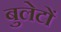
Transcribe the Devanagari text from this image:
बुलेटों